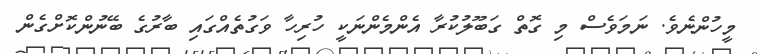
މީހުންނެވެ. ނަމަވެސް މި ގޮތް ގަބޫލުކުރާ އެންމެންނަކީ ހުރިހާ ވަގުތެއްގައި ބާރުގެ ބޭނުންކޮށްގެން